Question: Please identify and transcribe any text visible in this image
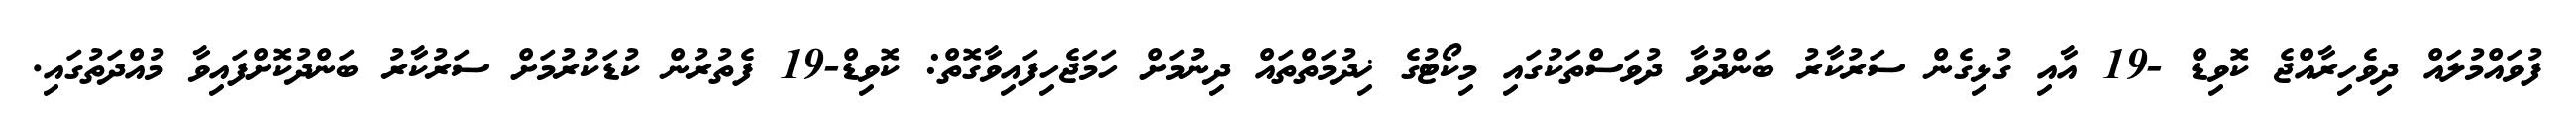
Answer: ފުވައްމުލައް ދިވެހިރާއްޖެ ކޮވިޑް -19 އާއި ގުޅިގެން ސަރުކާރު ބަންދުވާ ދުވަސްތަކުގައި މިކޯޓުގެ ޚިދުމަތްތައް ދިނުމަށް ހަމަޖެހިފައިވާގޮތް: ކޮވިޑް-19 ފެތުރުން ކުޑަކުރުމަށް ސަރުކާރު ބަންދުކޮށްފައިވާ މުއްދަތުގައި.